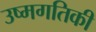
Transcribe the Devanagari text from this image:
उष्मगतिकी